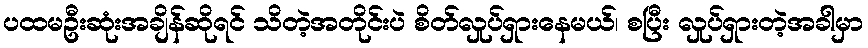
ပထမဦးဆုံးအချိန်ဆိုရင် သိတဲ့အတိုင်းပဲ စိတ်လှုပ်ရှားနေမယ်၊ စပြီး လှုပ်ရှားတဲ့အခါမှာ